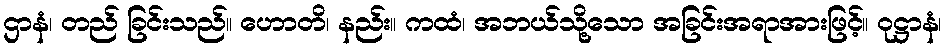
ဌာနံ၊ တည် ခြင်းသည်။ ဟောတိ၊ နည်း။ ကထံ၊ အဘယ်သို့သော အခြင်းအရာအားဖြင့်။ ဝုဋ္ဌာနံ၊